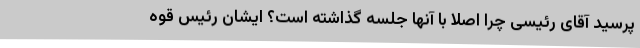
پرسید آقای رئیسی چرا اصلا با آنها جلسه گذاشته است؟ ایشان رئیس قوه